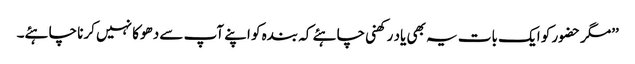
’’مگر حضور کو ایک بات یہ بھی یاد رکھنی چاہئے کہ بندہ کو اپنے آپ سے دھوکا نہیں کرنا چاہئے۔